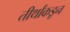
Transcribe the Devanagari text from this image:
तीर्थांकडून